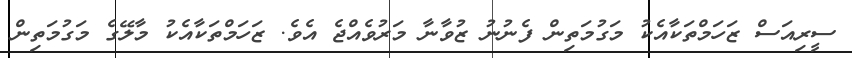
ސީރިއަސް ޒަހަމްތަކާއެކު މަގުމަތިން ފެނުނު ޒުވާނާ މަރުވެއްޖެ އެވެ. ޒަހަމްތަކާއެކު މާލޭގެ މަގުމަތިން